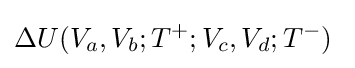
\Delta U(V_{a},V_{b};T^{+};V_{c},V_{d};T^{-})\